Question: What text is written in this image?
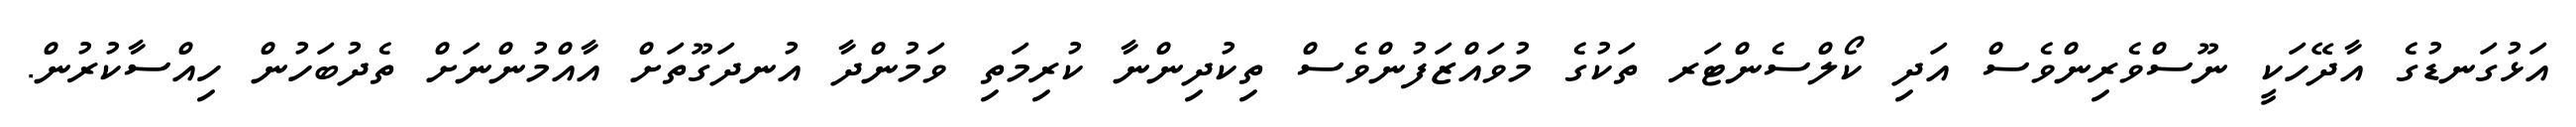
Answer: އަޅުގަނޑުގެ އާދޭހަކީ ނޫސްވެރިންވެސް އަދި ކޯލްސެންޓަރ ތަކުގެ މުވައްޒަފުންވެސް ތިކުދިންނާ ކުރިމަތި ވަމުންދާ އުނދަގޫތަށް އާއްމުންނަށް ތެދުބަހުން ހިއްސާކުރުން.